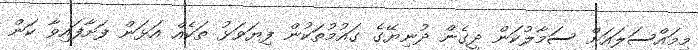
މިމައްސަލައަށް ސަމާލުކަން ދީގެން ދުނިޔޭގެ ގައުމުތަކުން ފިޔަވަޅު ތަކެއް އަޅަން ފަށާފައިވާ ކަން